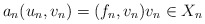
\begin{align*}a_n(u_n, v_n) = (f_n, v_n) v_n \in X_n\end{align*}